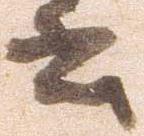
書